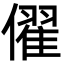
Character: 㒛